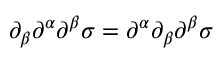
\partial _ { \beta } \partial ^ { \alpha } \partial ^ { \beta } \sigma = \partial ^ { \alpha } \partial _ { \beta } \partial ^ { \beta } \sigma